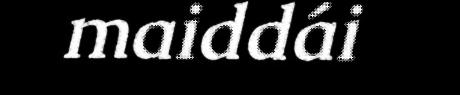
maiddái